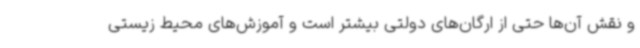
و نقش آن‌ها حتی از ارگان‌های دولتی بیشتر است و آموزش‌های محیط زیستی